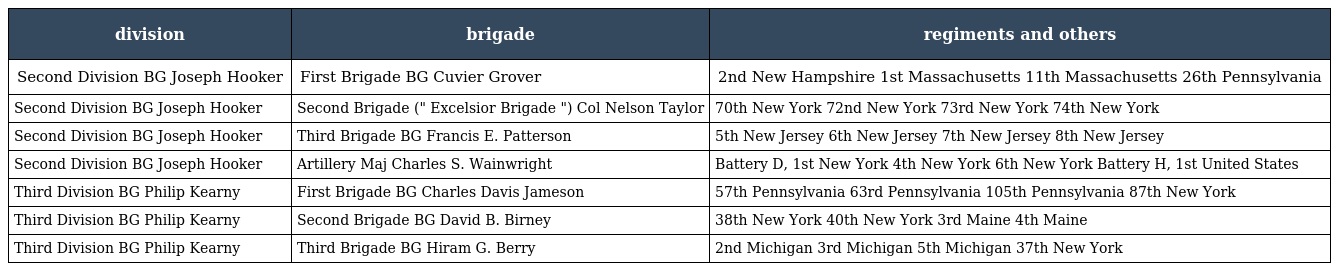
| division | brigade | regiments and others |
 | --- | --- | --- |
 | Second Division BG Joseph Hooker | First Brigade BG Cuvier Grover | 2nd New Hampshire 1st Massachusetts 11th Massachusetts 26th Pennsylvania |
 | Second Division BG Joseph Hooker | Second Brigade (" Excelsior Brigade ") Col Nelson Taylor | 70th New York 72nd New York 73rd New York 74th New York |
 | Second Division BG Joseph Hooker | Third Brigade BG Francis E. Patterson | 5th New Jersey 6th New Jersey 7th New Jersey 8th New Jersey |
 | Second Division BG Joseph Hooker | Artillery Maj Charles S. Wainwright | Battery D, 1st New York 4th New York 6th New York Battery H, 1st United States |
 | Third Division BG Philip Kearny | First Brigade BG Charles Davis Jameson | 57th Pennsylvania 63rd Pennsylvania 105th Pennsylvania 87th New York |
 | Third Division BG Philip Kearny | Second Brigade BG David B. Birney | 38th New York 40th New York 3rd Maine 4th Maine |
 | Third Division BG Philip Kearny | Third Brigade BG Hiram G. Berry | 2nd Michigan 3rd Michigan 5th Michigan 37th New York |